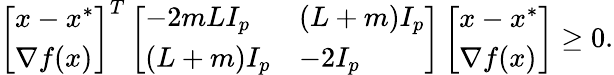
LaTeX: \begin{array}{r}{\left[\begin{array}{l}{x-x^{*}}\\ {\nabla f(x)}\end{array}\right]^{T}\left[\begin{array}{ll}{-2mLI_{p}}&{(L+m)I_{p}}\\ {(L+m)I_{p}}&{-2I_{p}}\end{array}\right]\left[\begin{array}{l}{x-x^{*}}\\ {\nabla f(x)}\end{array}\right]\ge 0.}\end{array}